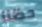
حظنا